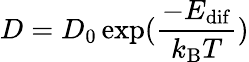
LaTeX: D=D_{0}\exp(\frac{-E_{\mathrm{dif}}}{k_{\mathrm{B}}T})